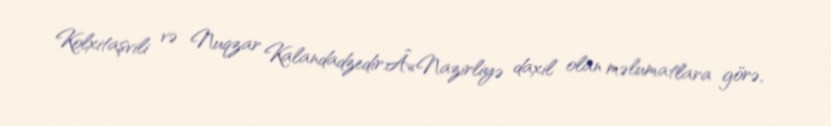
Kolxitaşvili və Nuqzar Kalandadzedir.Â«Nazirliyə daxil olan məlumatlara görə,